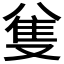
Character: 𠔟